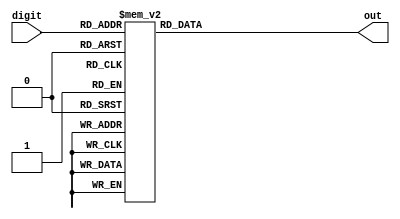
module ssd(digit, out);
   input [3:0] digit;
   output reg [6:0] out;
   always @(digit)
   case (digit)
      0: out <= 7'b1000000;
      1: out <= 7'b1111001;
      2: out <= 7'b0100100;
      3: out <= 7'b0110000;
      4: out <= 7'b0011001;
      5: out <= 7'b0010010;
      6: out <= 7'b0000010;
      7: out <= 7'b1111000;
      8: out <= 7'b0000000;
      9: out <= 7'b0010000;
      default: out <= 7'b1111111;
   endcase
endmodule